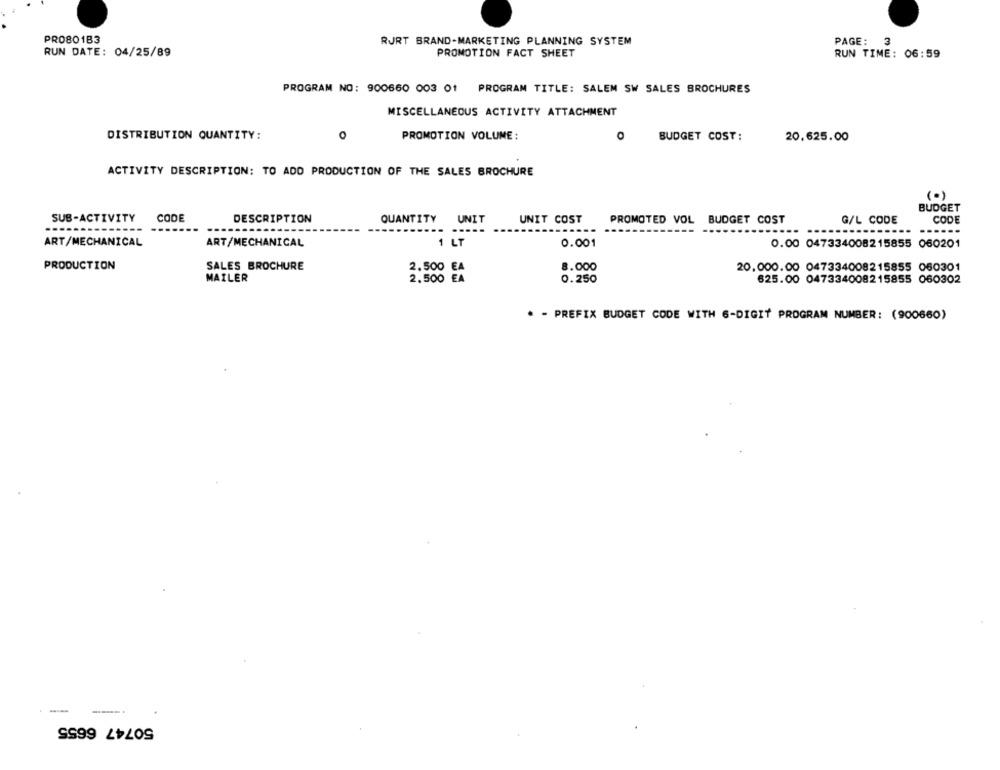
PRO8O183
RJRT BRAND-MARKETING PLANNING SYSTEM
PAGE:
3
RUN DATE: 04/25/89
PROMOTION FACT SHEET
RUN TIME: 06:59
PROGRAM NO: 900660 003 01 PROGRAM TITLE: SALEM SW SALES BROCHURES
MISCELLANEOUS ACTIVITY ATTACHMENT
DISTRIBUTION QUANTITY:
PROMOTION VOLUME:
O
BUDGET COST:
20.625.00
ACTIVITY DESCRIPTION: TO ADD PRODUCTION OF THE SALES BROCHURE
(.)
BUDGET
SUB-ACTIVITY
CODE
DESCRIPTION
QUANTITY UNIT
UNIT COST
PROMOTED VOL BUDGET COST
G/L CODE
CODE
----
...
ART/MECHANICAL
ART/MECHANICAL
1 LT
0.001
0.00 047334008215855 060201
PRODUCTION
SALES BROCHURE
2.500
8.000
20,000.00 047334008215855 060301
MAILER
2.500 EA
0.250
625.00 047334008215855 060302
* - PREFIX BUDGET CODE WITH 6-DIGIT PROGRAM NUMBER: (900660)
50747 6655